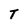
Character: T